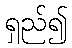
ရှည်၍